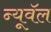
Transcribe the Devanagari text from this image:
न्यूवॅल